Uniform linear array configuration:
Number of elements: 32
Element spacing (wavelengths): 1
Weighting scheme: hann
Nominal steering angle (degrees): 0
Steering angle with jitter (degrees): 0.2412
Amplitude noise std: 0.05
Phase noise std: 0.05

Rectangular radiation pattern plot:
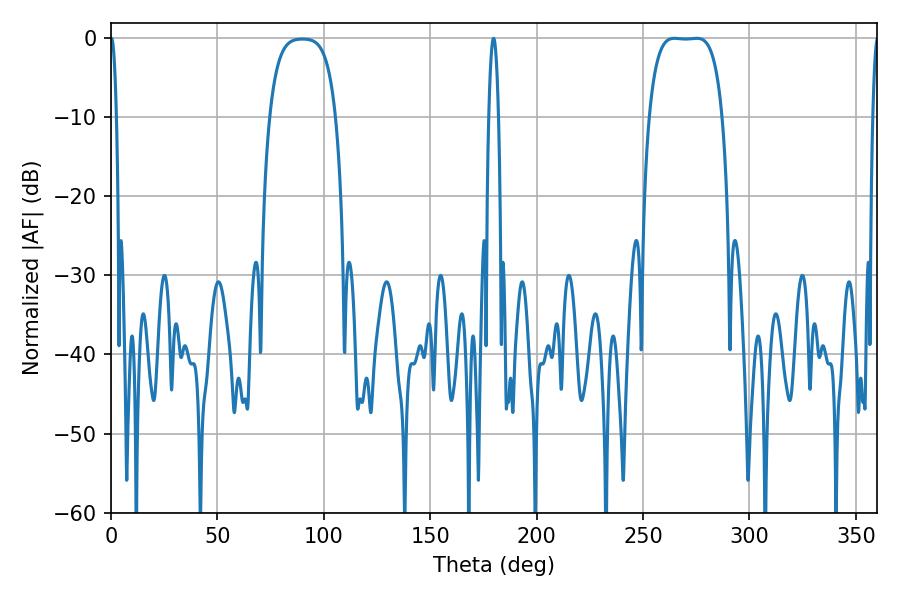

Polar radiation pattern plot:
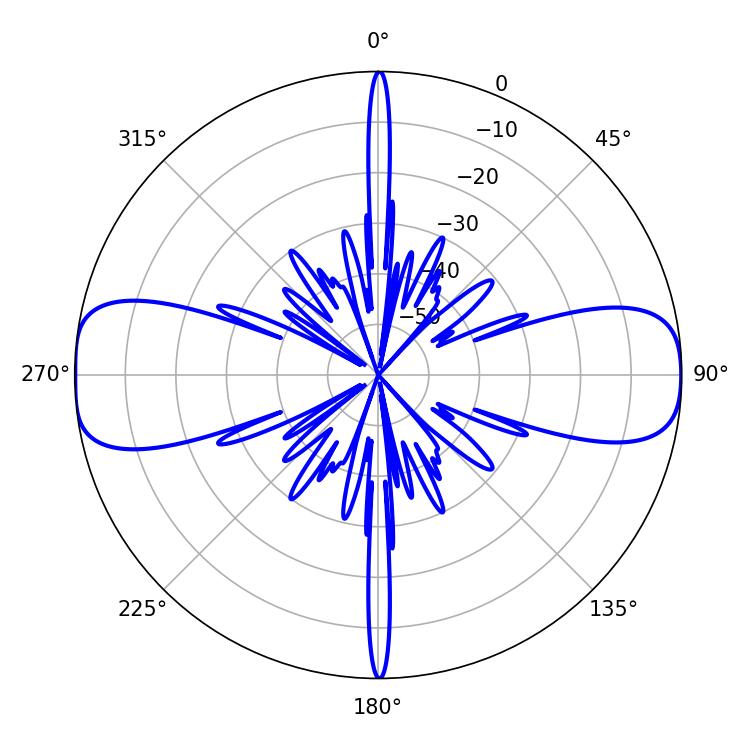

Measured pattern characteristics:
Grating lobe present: TRUE
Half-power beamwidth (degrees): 26.64
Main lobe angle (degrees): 264.78